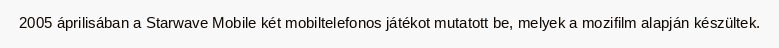
2005 áprilisában a Starwave Mobile két mobiltelefonos játékot mutatott be, melyek a mozifilm alapján készültek.